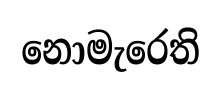
නොමැරෙති